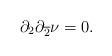
LaTeX: \begin{align*}\partial_{2} \partial_{\overline{2}}\nu = 0.\end{align*}